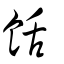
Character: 餂